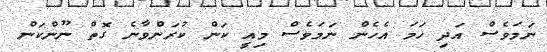
ނަމަވެސް އަދި ހަމަ އެހެން ނަމަވެސް މިއީ ކަން ކުރަންވާނެ ގޮތް ނޫންކަން